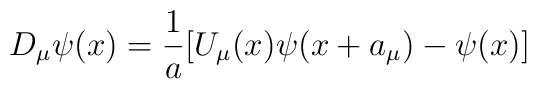
D_{\mu} \psi(x)= \frac{1}{a}[U_{\mu}(x) \psi(x+a_{\mu})- \psi(x)]